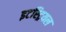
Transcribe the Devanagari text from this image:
इटस्ट्रियल